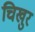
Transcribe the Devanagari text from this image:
चिखुर